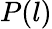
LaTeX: P(l)